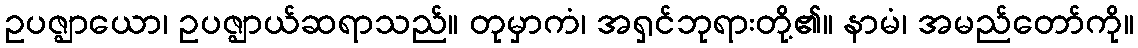
ဥပဇ္ဈာယော၊ ဥပဇ္ဈာယ်ဆရာသည်။ တုမှာကံ၊ အရှင်ဘုရားတို့၏။ နာမံ၊ အမည်တော်ကို။